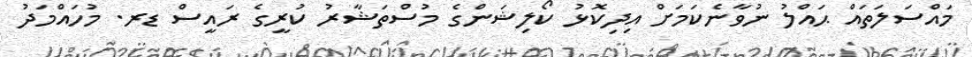
މައްސަލަތައް ޙައްލު ނުވާނެކަމަށް އިދިކޮޅު ކޯލިޝަންގެ މުސްތަޝާރު ކުރީގެ ރައީސް ޑރ. މުހައްމަދު